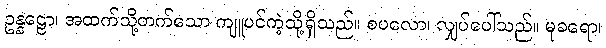
ဥန္နဠော၊ အထက်သို့တက်သော ကျူပင်ကဲ့သို့ရှိသည်။ စပလော၊ လျှပ်ပေါ်သည်။ မုခရော၊